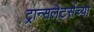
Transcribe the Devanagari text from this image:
ट्रान्सलेटर्सच्या